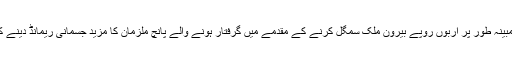
دوسری طرف اسلام آباد کی احتساب عدالت نے جعلی بینک اکاؤنٹس سے مبینہ طور پر اربوں روپے بیرون ملک سمگل کرنے کے مقدمے میں گرفتار ہونے والے پانچ ملزمان کا مزید جسمانی ریمانڈ دینے کی استدعا مسترد کردی ہے اور اُنھیں جوڈیشل ریمانڈ پر جیل بھیج دیا ہے۔